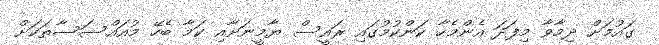
ގައުމަށް ދިމާވާ މިފަދަ އެންމެހާ ކަންކުމުގައި ރައީސް ޔާމީނަށާއި ކަމާ ބެހޭ މުއައްސަސާތަކަށް